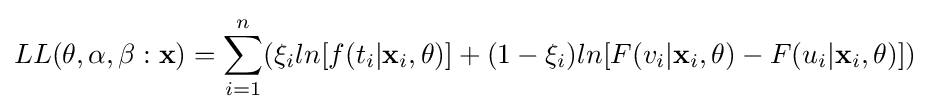
LL(\mathbf {\theta } ,\alpha ,\beta :{\mathbf {x} })=\sum _{i=1}^{n}(\xi _{i}ln{[f(t_{i}|\mathbf {x} _{i},\mathbf {\theta } )]}+(1-\xi _{i})ln{[F(v_{i}|\mathbf {x} _{i},\mathbf {\theta } )-F(u_{i}|\mathbf {x} _{i},\mathbf {\theta } )]})